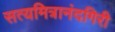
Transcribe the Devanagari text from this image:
सत्यमित्रानंदगिरी